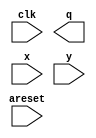

module atan (
	areset,
	clk,
	q,
	x,
	y);	

	input		areset;
	input		clk;
	output	[8:0]	q;
	input	[11:0]	x;
	input	[11:0]	y;
endmodule